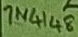
Text: 1N4148